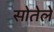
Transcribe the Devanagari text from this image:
सोतेले